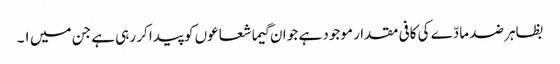
بظاہر ضد مادّے کی کافی مقدار موجود ہے جو ان گیما شعاعوں کو پیدا کر رہی ہے جن میں ١۔